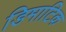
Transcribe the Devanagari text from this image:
डिमाटिक